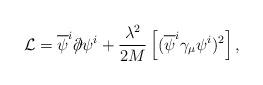
LaTeX: \begin{align*}\mathcal{L}=\overline{\psi }^{i}\partial \!\!\!\slash\psi ^{i}+\frac{\lambda^{2}}{2M}\left[ (\overline{\psi }^{i}\gamma _{\mu }\psi ^{i})^{2}\right] ,\end{align*}